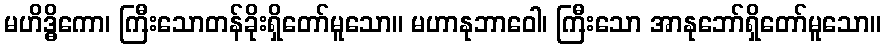
မဟိဒ္ဓိကော၊ ကြီးသောတန်ခိုးရှိတော်မူသော။ မဟာနုဘာဝေါ၊ ကြီးသော အာနုဘော်ရှိတော်မူသော။